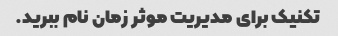
تکنیک برای مدیریت موثر زمان نام ببرید.